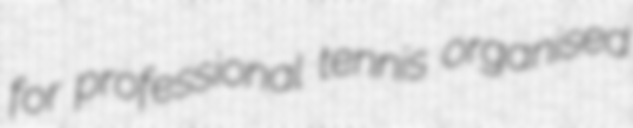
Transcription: for professional tennis organised